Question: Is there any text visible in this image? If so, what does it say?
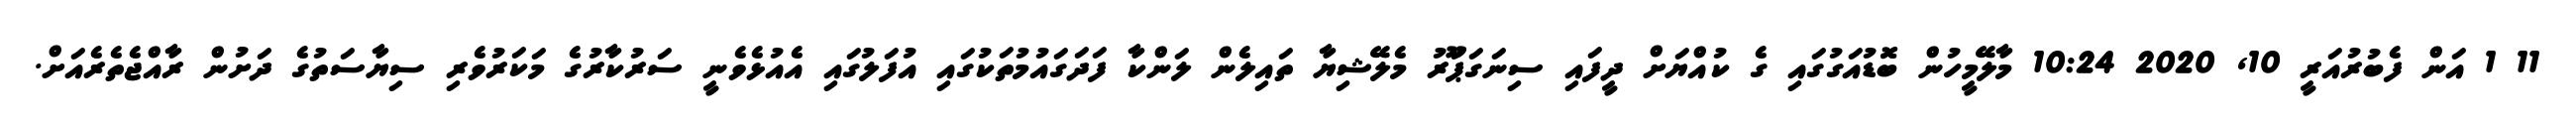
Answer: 11 1 އަން ފެބުރުއަރީ 10, 2020 10:24 މާލޭމީހުން ބޮޑުއަގުގައި ގެ ކުއްޔަށް ދީފައި ސިނަގަޕަޫރު މެލޭޝިޔާ ތައިލެން ލަންކާ ފަދަގައުމުތަކުގައި އުފަލުގައި އެއުޅެވެނީ ސަރުކާރުގެ މަކަރުވެރި ސިޔާސަތުގެ ދަށުން ރާއްޖެތެރެއަށް.